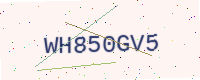
Text: WH850GV5